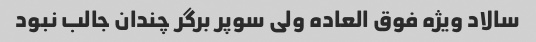
سالاد ویژه فوق العاده ولی سوپر برگر چندان جالب نبود